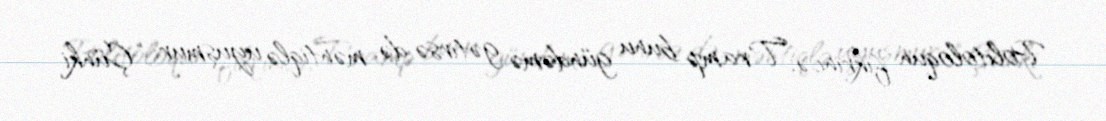
Politoloqun fikrincə, Tramp bunu gündəmə gətirsə də, məntiqlə uyuşmur: “Çünki